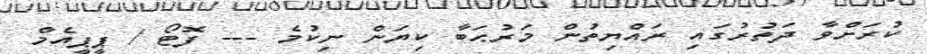
ކުރަށްވާ ދަތުރުގައި ރައްޔިތުން މަރުޙަބާ ކިޔަން ނިކުމެ --- ފޮޓޯ / ޕީޕީއެމް